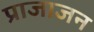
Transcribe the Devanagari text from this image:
प्राजाजन